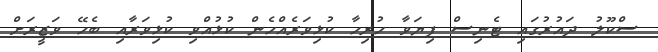
ސްކޫލު ދައުރުގައި ޓެނިސް ފިޔަވާ ހުރިހާ ކުޅިވަރެއްހެން ކުޅުއްވި ކުޅިވަރާއި ބެހޭ ވަޒީރަށް